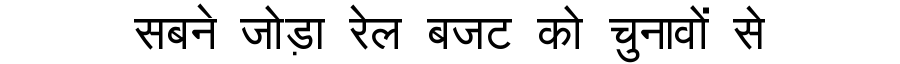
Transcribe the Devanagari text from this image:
सबने जोड़ा रेल बजट को चुनावों से